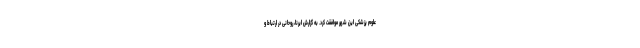
علوم پزشکی این شهر موافقت کرد. به گزارش ایرنا، روحانی در ارتباط و